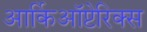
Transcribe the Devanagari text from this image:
आर्किऑप्टेरिक्स